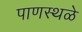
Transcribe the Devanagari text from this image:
पाणस्थळे